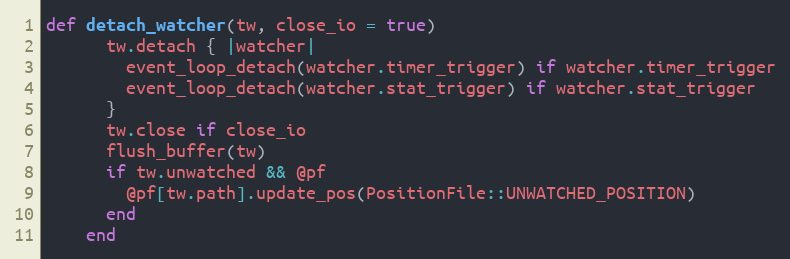
Language: Ruby
def detach_watcher(tw, close_io = true)
      tw.detach { |watcher|
        event_loop_detach(watcher.timer_trigger) if watcher.timer_trigger
        event_loop_detach(watcher.stat_trigger) if watcher.stat_trigger
      }
      tw.close if close_io
      flush_buffer(tw)
      if tw.unwatched && @pf
        @pf[tw.path].update_pos(PositionFile::UNWATCHED_POSITION)
      end
    end